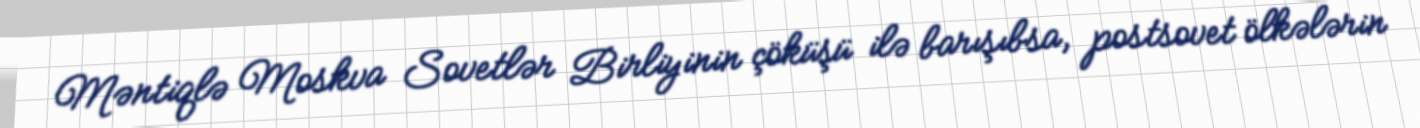
Məntiqlə Moskva Sovetlər Birliyinin çöküşü ilə barışıbsa, postsovet ölkələrin